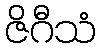
ဇိဂီသံ